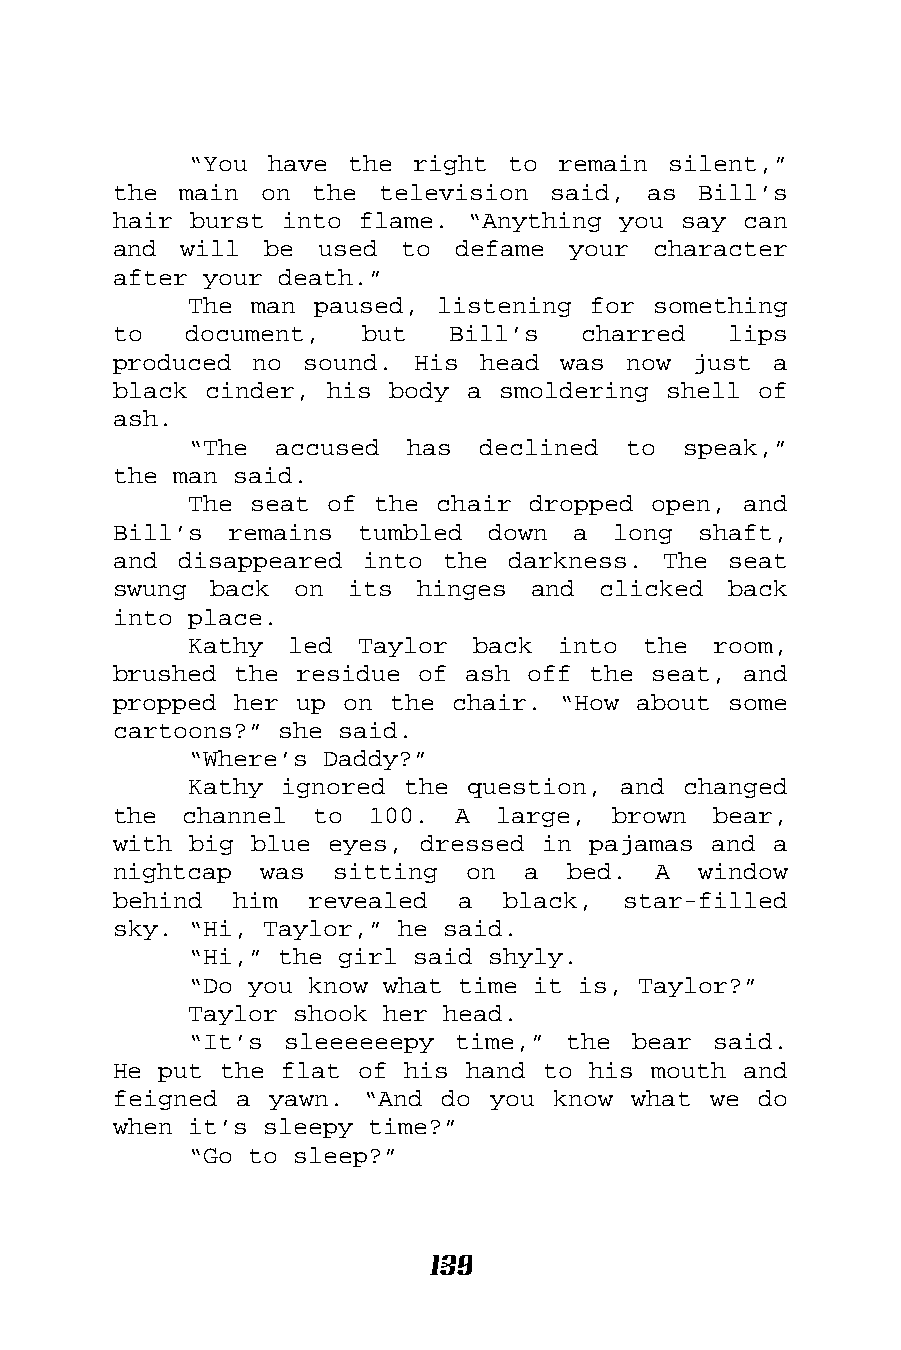
“You have the  right to remain  silent,”
 the main  on the television  said, as  Bill’s
 hair burst into flame. “Anything you say  can
 and will  be used  to  defame your  character
 after your death.”
 The man paused, listening for  something
 to   document,  but   Bill’s   charred   lips
 produced no  sound. His head  was now just  a
 black cinder, his body a smoldering shell  of
 ash.
 “The  accused has  declined  to  speak,”
 the man said.
 The seat of the chair dropped open,  and
 Bill’s remains  tumbled  down a  long  shaft,
 and disappeared into  the darkness. The  seat
 swung back  on its  hinges  and clicked  back
 into place.
 Kathy led  Taylor  back into  the  room,
 brushed the residue of ash off the seat,  and
 propped her up on the chair. “How about  some
 cartoons?” she said.
 “Where’s Daddy?”
 Kathy ignored the question, and  changed
 the  channel to  100.  A large,  brown  bear,
 with big blue eyes, dressed in pajamas and  a
 nightcap  was sitting  on  a  bed.  A  window
 behind  him  revealed  a  black,  star-filled
 sky. “Hi, Taylor,” he said.
 “Hi,” the girl said shyly.
 “Do you know what time it is, Taylor?”
 Taylor shook her head.
 “It’s sleeeeeepy  time,” the bear  said.
 He put the flat of his hand to his  mouth and
 feigned a yawn. “And  do you know what we  do
 when it’s sleepy time?”
 “Go to sleep?”
 139